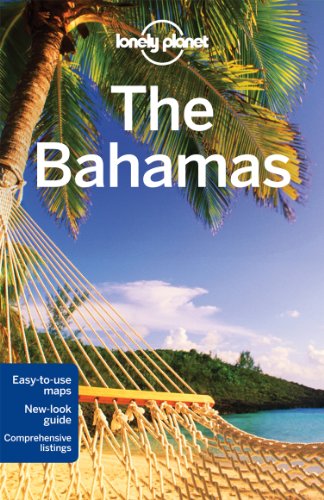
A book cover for Lonely Planet The Bahamas (Travel Guide); Lonely Planet; Sports & Outdoors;